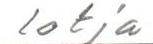
lotja